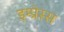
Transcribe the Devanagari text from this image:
इम्प्रेस्स